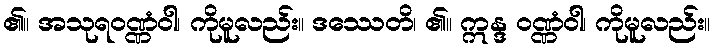
၏။ အသုရဝဏ္ဏံဝါ၊ ကိုမူလည်း။ ဒဿေတိ၊ ၏။ ဣန္ဒ ဝဏ္ဏံဝါ၊ ကိုမူလည်း။